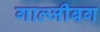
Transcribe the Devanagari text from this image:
गाल्जीबग